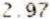
2.97